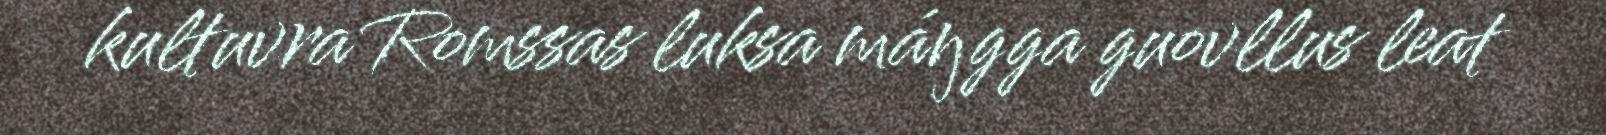
kultuvra Romssas luksa máŋgga guovllus leat